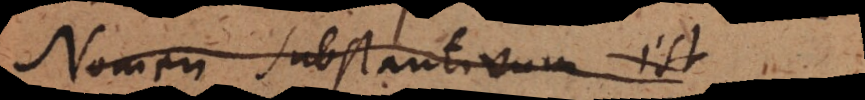
Nomen substantivum est